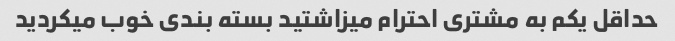
حداقل یکم به مشتری احترام میزاشتید بسته بندی خوب میکردید